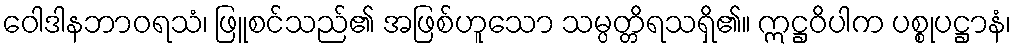
ဝေါဒါနဘာဝရသံ၊ ဖြူစင်သည်၏ အဖြစ်ဟူသော သမ္ပတ္တိရသရှိ၏။ ဣဋ္ဌဝိပါက ပစ္စုပဋ္ဌာနံ၊